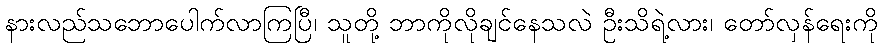
နားလည်သဘောပေါက်လာကြပြီ၊ သူတို့ ဘာကိုလိုချင်နေသလဲ ဦးသိရဲ့လား၊ တော်လှန်ရေးကို